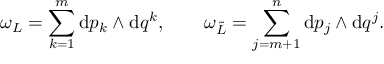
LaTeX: \omega _ { \cal L } = \sum _ { k = 1 } ^ { m } \mathrm { d } p _ { k } \wedge \mathrm { d } q ^ { k } , \qquad \omega _ { \tilde { \cal L } } = \sum _ { j = m + 1 } ^ { n } \mathrm { d } p _ { j } \wedge \mathrm { d } q ^ { j } .